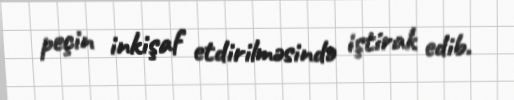
peçin inkişaf etdirilməsində iştirak edib.